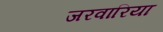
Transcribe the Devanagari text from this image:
जरवारिया